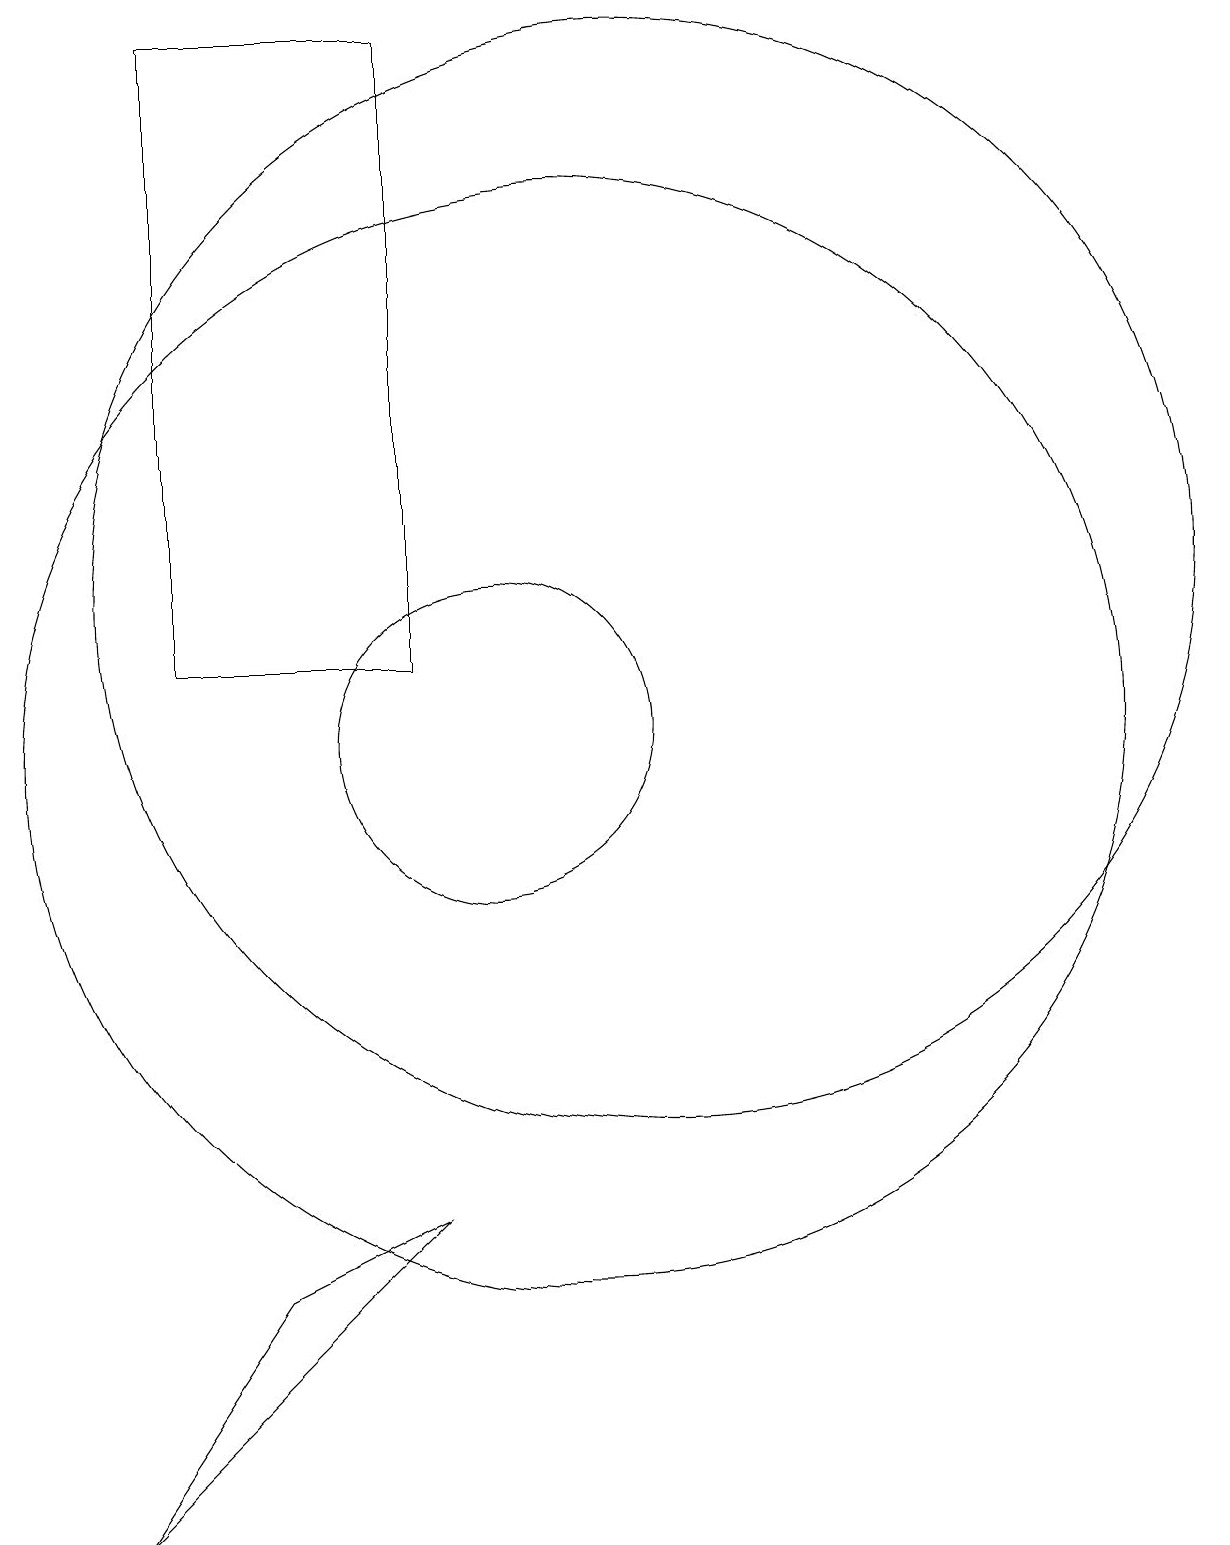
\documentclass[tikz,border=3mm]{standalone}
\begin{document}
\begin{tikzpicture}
\draw (12,12) circle (7);
\draw (10,10) circle (2);
\draw (6,11) rectangle (9,19);
\draw (5,0) -- (7,3) -- (9,4) -- cycle;
\draw (11,10) circle (7);
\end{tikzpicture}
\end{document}